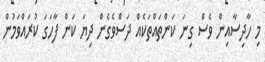
މި ހާދިސާއިން ވެސް ގިނަ ކަންތައްތަކެއް ދަސްވެގެން ދިޔަ ކަން ފާހަގަ ކުރައްވަމުން